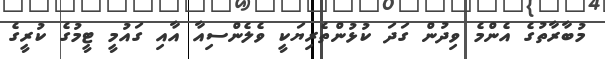
މުބާރާތުގެ އެންމެ ވިދުން ގަދަ ކުޅުންތެރިޔަކީ ވެލެންސިއާ އާއި ގައުމީ ޓީމުގެ ކުރީގެ